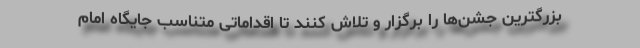
بزرگترین جشن‌ها را برگزار و تلاش کنند تا اقداماتی متناسب جایگاه امام